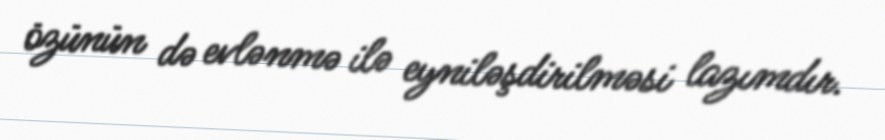
özünün də evlənmə ilə eyniləşdirilməsi lazımdır.